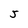
Character: 5